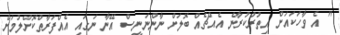
" އެ ވާހަކައަށް އިތުރުކުރާނެ އެއްޗެއް ބޮލަށް ނާންނަނީސް އޭނާ ނަގައި އެއްފަރާތްކޮށްލުމަށް